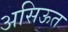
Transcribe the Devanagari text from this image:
असिऊत